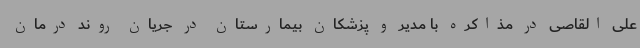
علی القاصی در مذاکره با مدیر و پزشکان بیمارستان در جریان روند درمان